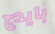
بايدج